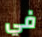
في